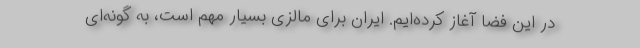
در این فضا آغاز کرده‌ایم. ایران برای مالزی بسیار مهم است، به گونه‌ای